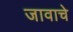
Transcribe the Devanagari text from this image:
जावाचे